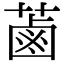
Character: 蓾